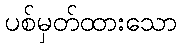
ပစ်မှတ်ထားသော